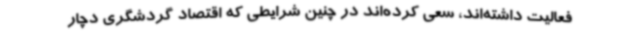
فعالیت داشته‌اند، سعی کرده‌اند در چنین شرایطی که اقتصاد گردشگری دچار